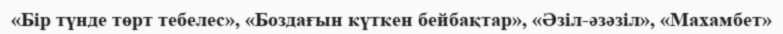
«Бір түнде төрт тебелес», «Боздағын күткен бейбақтар», «Әзіл-әзәзіл», «Махамбет»